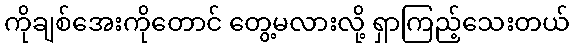
ကိုချစ်အေးကိုတောင် တွေ့မလားလို့ ရှာကြည့်သေးတယ်